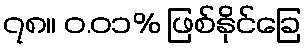
၇၈။ ၀.၀၁% ဖြစ်နိုင်ခြေ